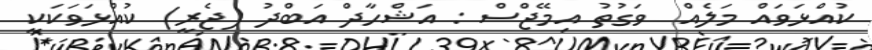
ކުއްޅަވައް މަލެއް  ވަގުތު އިމޭޖްސް : އަޝްހާދް އަބްދު (ޖެރީ) ކުއްޅަވަކަކީ